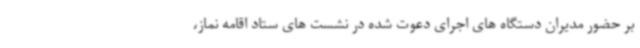
بر حضور مدیران دستگاه های اجرای دعوت شده در نشست های ستاد اقامه نماز،